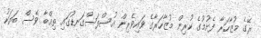
ރޭގެ މުޒާހަރާ ފެށުމުގެ ކުރިން މުޒާހަރާގެ ވައިވެރިން އުސްފަސްގަނޑުގައި ތިއްބާ ވެސް ބަޔަކު